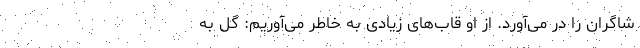
شاگران را در می‌آورد. از او قاب‌های زیادی به خاطر می‌آوریم: گل به